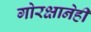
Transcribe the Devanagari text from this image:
गोरक्षानेही